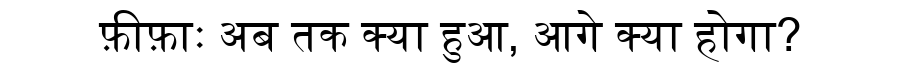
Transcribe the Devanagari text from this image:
फ़ीफ़ाः अब तक क्या हुआ, आगे क्या होगा?